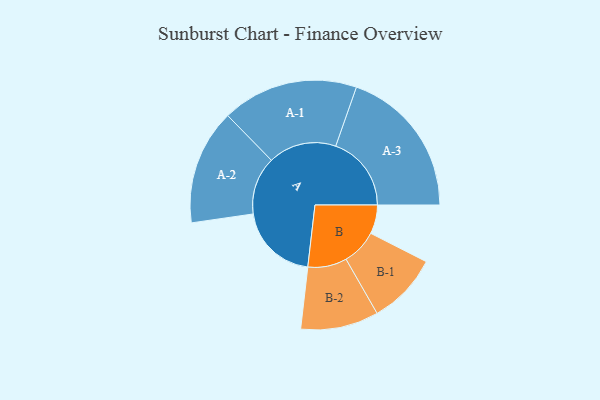
{"axis": {"x": "Segment", "y": "Value"}, "legend": ["", "A", "B"], "data": [{"x": "A", "y": 301, "type": ""}, {"x": "B", "y": 108, "type": ""}, {"x": "A-1", "y": 255, "type": "A"}, {"x": "A-2", "y": 216, "type": "A"}, {"x": "A-3", "y": 283, "type": "A"}, {"x": "B-1", "y": 133, "type": "B"}, {"x": "B-2", "y": 146, "type": "B"}]}